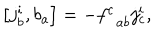
LaTeX: \left[ j _ { b } ^ { i } , b _ { a } \right] = - f _ { \; \; a b } ^ { c } j _ { c } ^ { i } ,